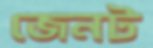
জেনট